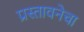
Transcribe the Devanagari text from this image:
प्रस्तावनेचा